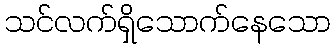
သင်လက်ရှိသောက်နေသော